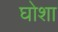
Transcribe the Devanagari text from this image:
घोशा